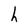
Character: h